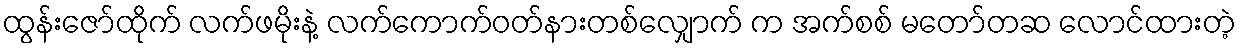
ထွန်းဇော်ထိုက် လက်ဖမိုးနဲ့ လက်ကောက်ဝတ်နားတစ်လျှောက် က အက်စစ် မတော်တဆ လောင်ထားတဲ့